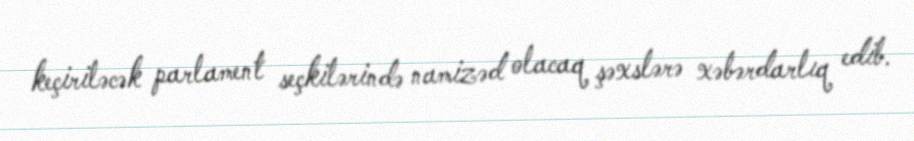
keçiriləcək parlament seçkilərində namizəd olacaq şəxslərə xəbərdarlıq edib.